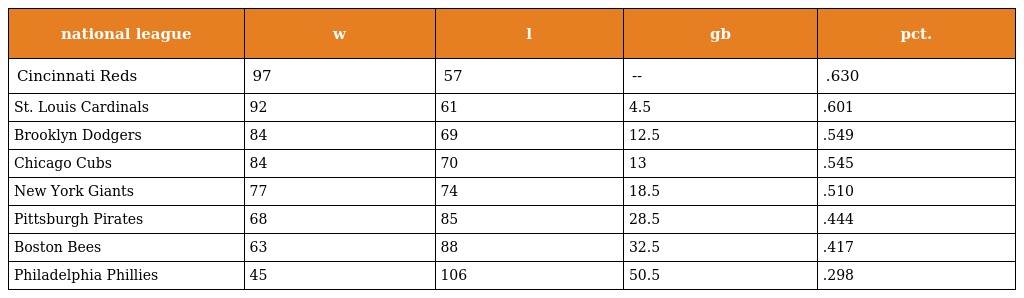
| national league | w | l | gb | pct. |
 | --- | --- | --- | --- | --- |
 | Cincinnati Reds | 97 | 57 | -- | .630 |
 | St. Louis Cardinals | 92 | 61 | 4.5 | .601 |
 | Brooklyn Dodgers | 84 | 69 | 12.5 | .549 |
 | Chicago Cubs | 84 | 70 | 13 | .545 |
 | New York Giants | 77 | 74 | 18.5 | .510 |
 | Pittsburgh Pirates | 68 | 85 | 28.5 | .444 |
 | Boston Bees | 63 | 88 | 32.5 | .417 |
 | Philadelphia Phillies | 45 | 106 | 50.5 | .298 |